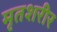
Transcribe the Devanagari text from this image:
मृतशरीर